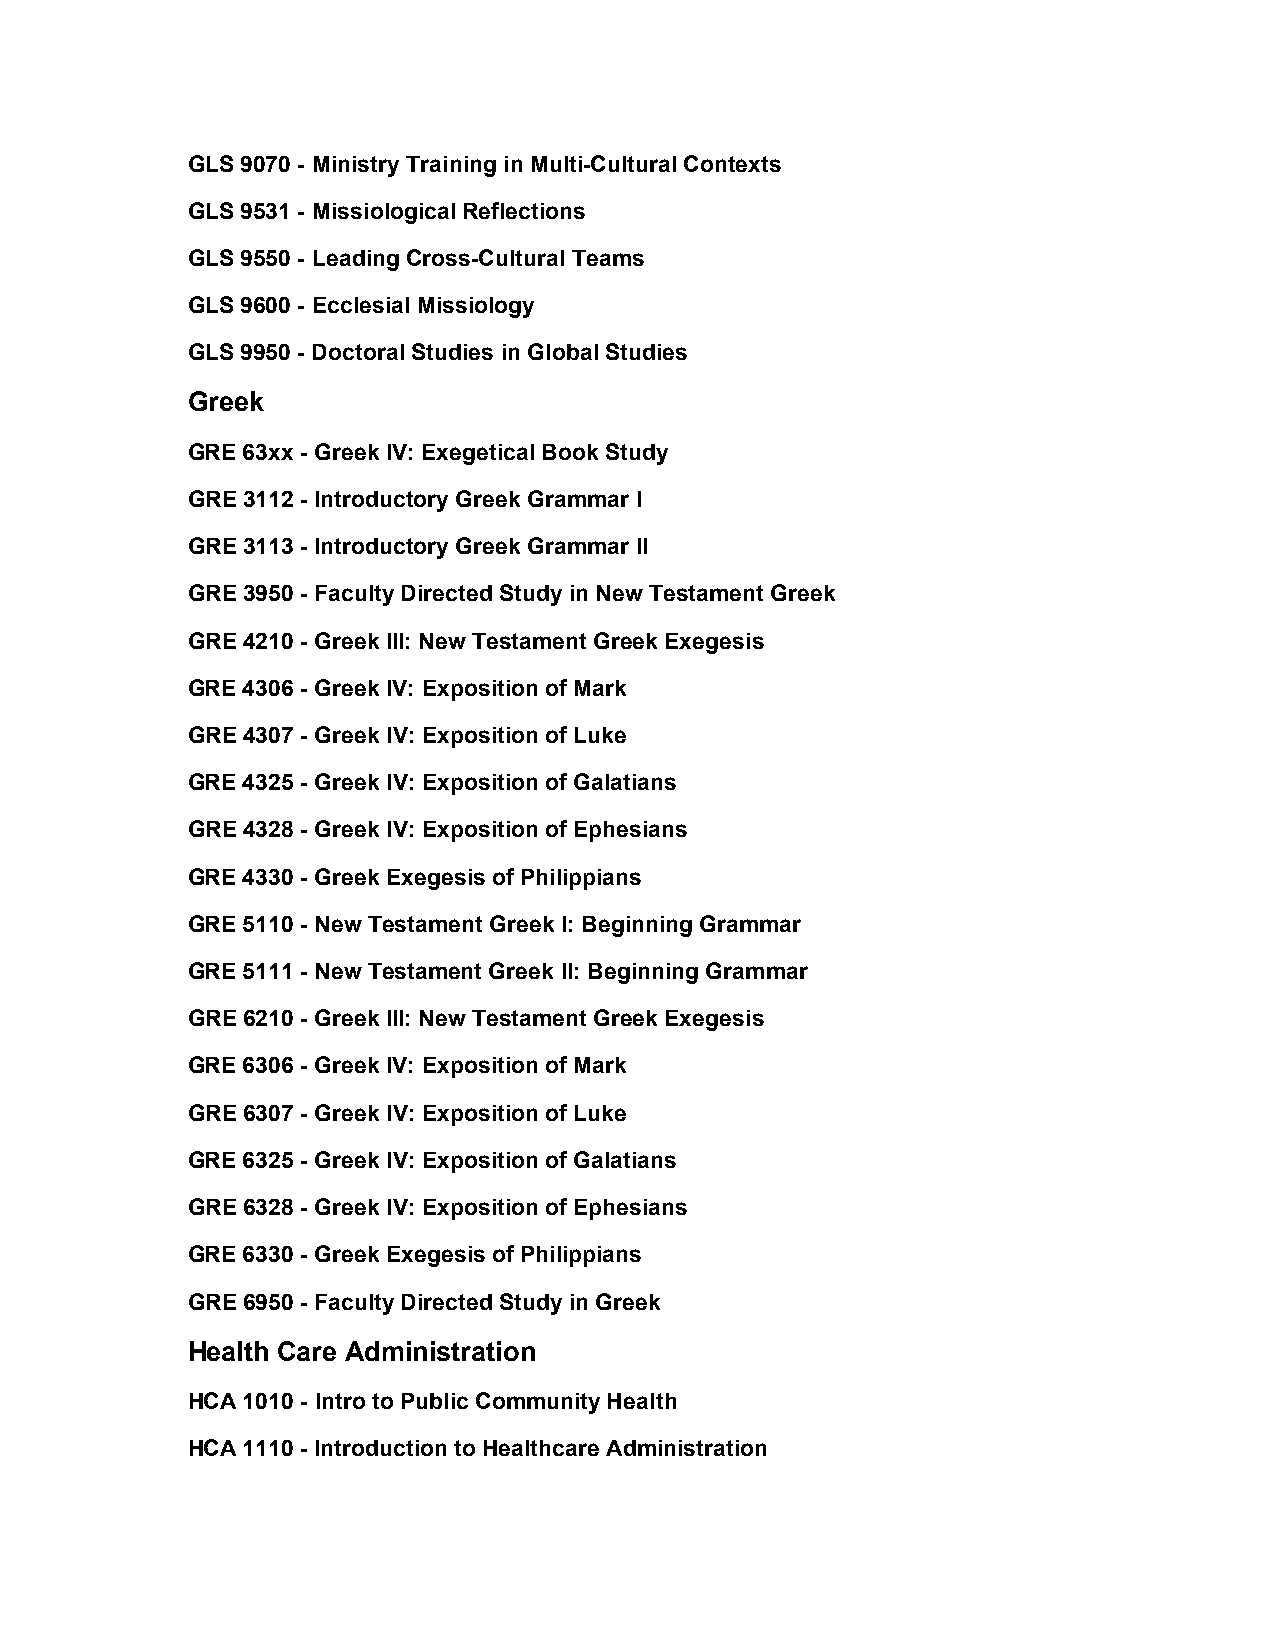
GLS 9070 - Ministry Training in Multi-Cultural Contexts
 GLS 9531 - Missiological Reflections
 GLS 9550 - Leading Cross-Cultural Teams
 GLS 9600 - Ecclesial Missiology
 GLS 9950 - Doctoral Studies in Global Studies
 Greek
 GRE 63xx - Greek IV: Exegetical Book Study
 GRE 3112 - Introductory Greek Grammar I
 GRE 3113 - Introductory Greek Grammar II
 GRE 3950 - Faculty Directed Study in New Testament Greek
 GRE 4210 - Greek III: New Testament Greek Exegesis
 GRE 4306 - Greek IV: Exposition of Mark
 GRE 4307 - Greek IV: Exposition of Luke
 GRE 4325 - Greek IV: Exposition of Galatians
 GRE 4328 - Greek IV: Exposition of Ephesians
 GRE 4330 - Greek Exegesis of Philippians
 GRE 5110 - New Testament Greek I: Beginning Grammar
 GRE 5111 - New Testament Greek II: Beginning Grammar
 GRE 6210 - Greek III: New Testament Greek Exegesis
 GRE 6306 - Greek IV: Exposition of Mark
 GRE 6307 - Greek IV: Exposition of Luke
 GRE 6325 - Greek IV: Exposition of Galatians
 GRE 6328 - Greek IV: Exposition of Ephesians
 GRE 6330 - Greek Exegesis of Philippians
 GRE 6950 - Faculty Directed Study in Greek
 Health Care Administration
 HCA 1010 - Intro to Public Community Health
 HCA 1110 - Introduction to Healthcare Administration